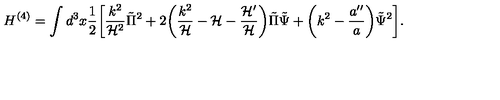
H ^ { ( 4 ) } = \int d ^ { 3 } x \frac { 1 } { 2 } \biggl [ \frac { k ^ { 2 } } { { \cal H } ^ { 2 } } \tilde { \Pi } ^ { 2 } + 2 \biggl ( \frac { k ^ { 2 } } { \cal H } - { \cal H } - \frac { { \cal H } ^ { \prime } } { { \cal H } } \biggr ) \tilde { \Pi } \tilde { \Psi } + \biggl ( k ^ { 2 } - \frac { a ^ { \prime \prime } } { a } \biggr ) \tilde { \Psi } ^ { 2 } \biggr ] .